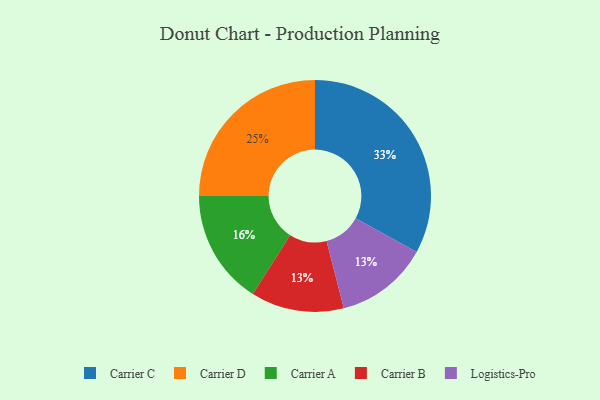
{"axis": {"x": "Category", "y": "Percentage"}, "legend": ["Carrier A", "Carrier B", "Carrier C", "Carrier D", "Logistics-Pro"], "data": [{"x": "Carrier D", "y": 25, "type": "Carrier D"}, {"x": "Carrier A", "y": 16, "type": "Carrier A"}, {"x": "Carrier B", "y": 13, "type": "Carrier B"}, {"x": "Carrier C", "y": 33, "type": "Carrier C"}, {"x": "Logistics-Pro", "y": 13, "type": "Logistics-Pro"}]}